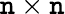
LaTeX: \mathtt{n}\times\mathtt{n}